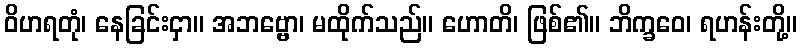
ဝိဟရတုံ၊ နေခြင်းငှာ။ အဘဗ္ဗော၊ မထိုက်သည်။ ဟောတိ၊ ဖြစ်၏။ ဘိက္ခဝေ၊ ရဟန်းတို့။